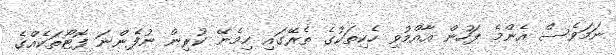
ނަމަވެސް އެންމެ ފަހުން އާއްމުވި ހެކިތަކުގެ ތެރޭގައި ހިމެނޭ ކުރިން ނުފެންނަ ފޮޓޯތަކެއްގެ